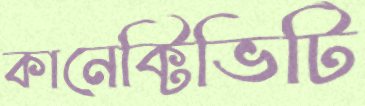
কানেক্টিভিটি